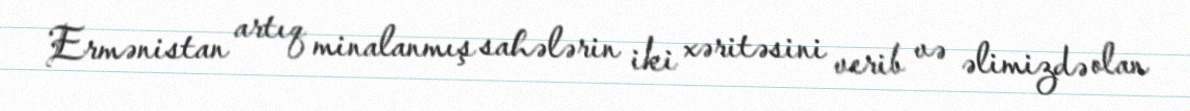
Ermənistan artıq minalanmış sahələrin iki xəritəsini verib və əlimizdə olan